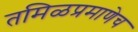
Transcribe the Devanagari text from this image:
तमिळप्रमाणेच